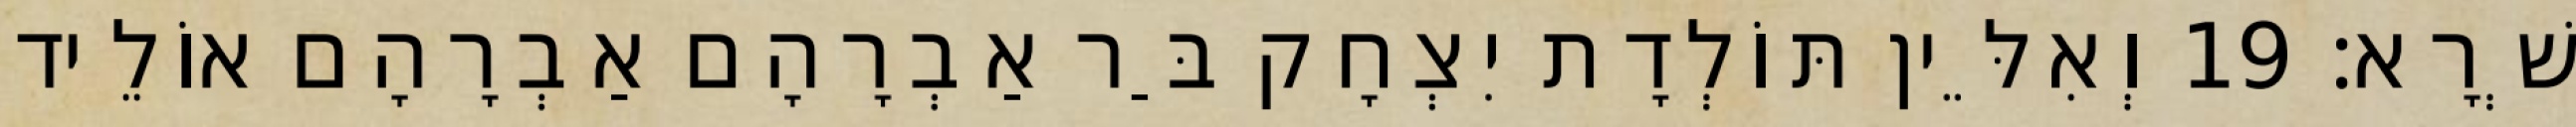
שְׁרָא׃ 19 וְאִלֵּין תּוֹלְדָת יִצְחָק בַּר אַבְרָהָם אַבְרָהָם אוֹלֵיד